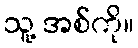
သူ့ အစ်ကို။